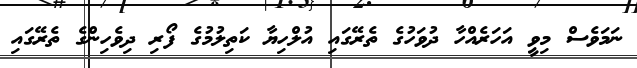
ނަމަވެސް މިވީ އަހަރެއްހާ ދުވަހުގެ ތެރޭގައި އުލްހިޔާ ކަތިލުމުގެ ފޯރި ދިވެހިންގެ ތެރޭގައި